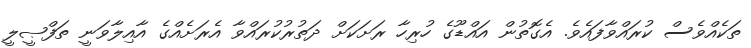
ތަކެއްވެސް ކުރައްވާފައެވެ. އެގޮތުން އައްޑޫގެ ހުރިހާ ރަށަކަށް ދަތުރުކުރައްވާ އެރަށެއްގެ އާއިލާވަނީ ތަފްޞީލީ